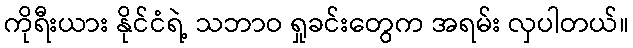
ကိုရီးယား နိုင်ငံရဲ့ သဘာဝ ရှုခင်းတွေက အရမ်း လှပါတယ်။